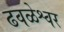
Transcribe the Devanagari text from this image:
ढवळेश्वर